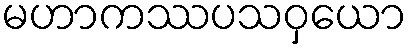
မဟာကဿပသဝှယော